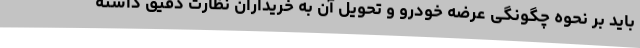
باید بر نحوه چگونگی عرضه خودرو و تحویل آن به خریداران نظارت دقیق داشته